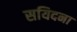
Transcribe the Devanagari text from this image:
सयिदना